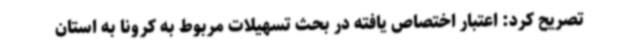
تصریح کرد: اعتبار اختصاص یافته در بحث تسهیلات مربوط به کرونا به استان